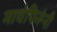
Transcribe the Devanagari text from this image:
माथेफिरूंनी